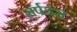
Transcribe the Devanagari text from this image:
सर्पदंस